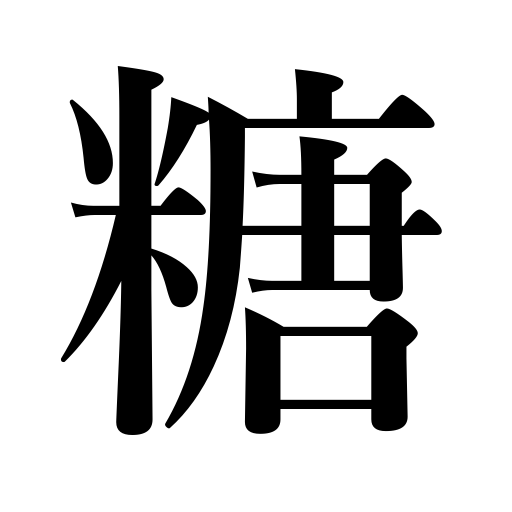
Meanings: sugar